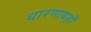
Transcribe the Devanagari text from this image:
धारणायहाँ